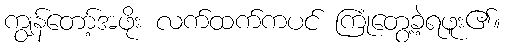
ကျွန်တော့်အဖိုး လက်ထက်ကပင် ကြုံတွေ့ခဲ့ရဖူး၏။